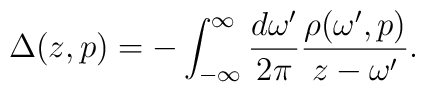
\Delta (z,p) = - \int_{-\infty}^{\infty} \frac{d\omega'}{2\pi} \frac{\rho(\omega',p)}{z-\omega'}.